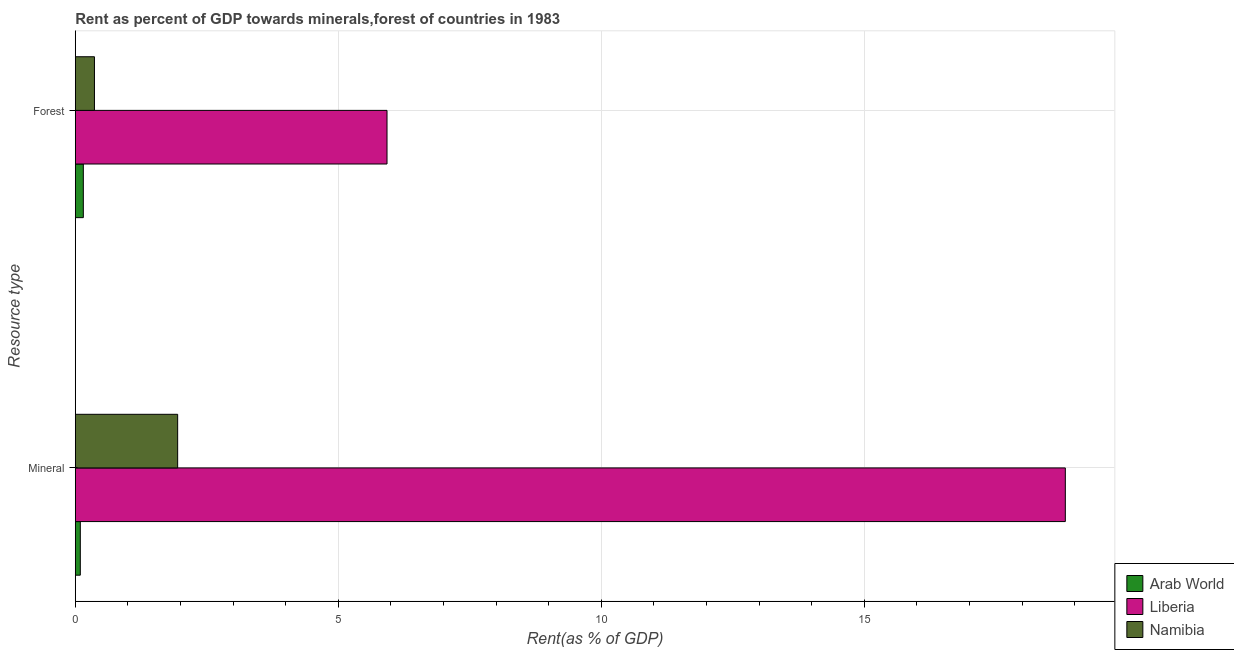
| Resource type | Arab World | Liberia | Namibia |
 | --- | --- | --- | --- |
 | Mineral | 0.0951 | 18.8 | 1.95 |
 | Forest | 0.153 | 5.93 | 0.364 |